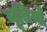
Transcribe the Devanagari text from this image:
मूतिर्यो